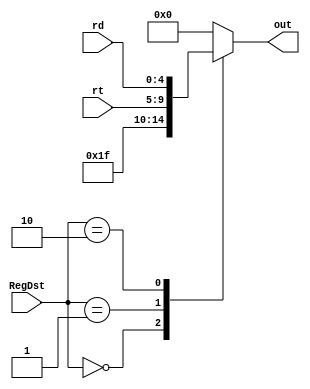
`timescale 1ns / 1ps
//////////////////////////////////////////////////////////////////////////////////
// Company: 
// Engineer: 
// 
// Design Name: 
// Module Name: IR
// Project Name: 
// Target Devices: 
// Tool Versions: 
// Description: 
// 
// Dependencies: 
// 
// Revision:
// Revision 0.01 - File Created
// Additional Comments:
// 
//////////////////////////////////////////////////////////////////////////////////


module selector32(
    input [4:0] rt,
    input [4:0] rd,
    input [1:0] RegDst,
    output reg [4:0] out
    );
    always@(*) begin
      case (RegDst)
        2'b00: out = 5'b11111;
        2'b01: out = rt;
        2'b10: out = rd; 
        default: out = 0;
      endcase
    end
endmodule